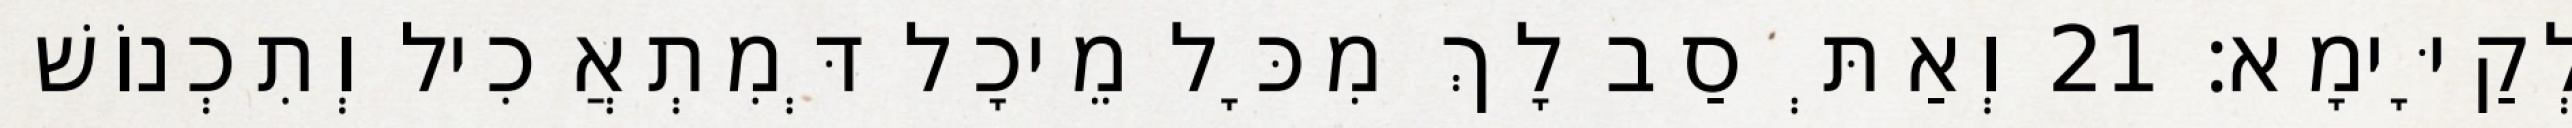
לְקַיָּימָא׃ 21 וְאַתְּ סַב לָךְ מִכָּל מֵיכָל דְּמִתְאֲכִיל וְתִכְנוֹשׁ